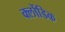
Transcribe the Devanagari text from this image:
क्लोंडिक